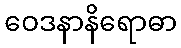
ဝေဒနာနိရောဓာ